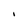
Character: I